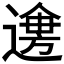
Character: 𲅯